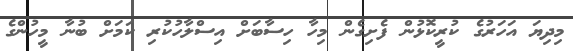
މިދިޔަ އަހަރުގެ ކުރީކޮޅުން ފެށިގެން މިހާ ހިސާބަށް އިސްލާހުކުރި ކަމަށް ބުނާ މީހުންގެ